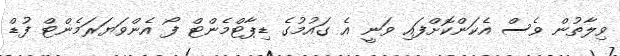
ވިލާތުން ވެސް އެކަންކޮށްފައި ވަނީ އެ ގައުމުގެ ޑިޕާޓްމެންޓް ފޯ އެންވަޔަރަމެންޓް ފުޑް